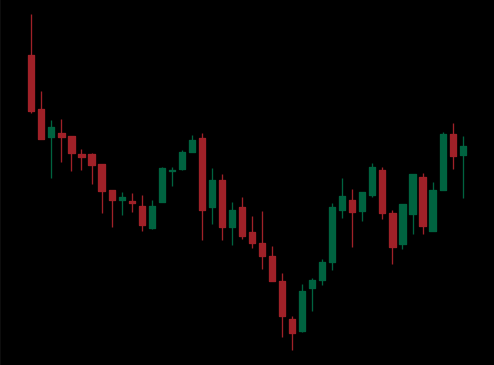
Pattern: inverse_head_shoulders